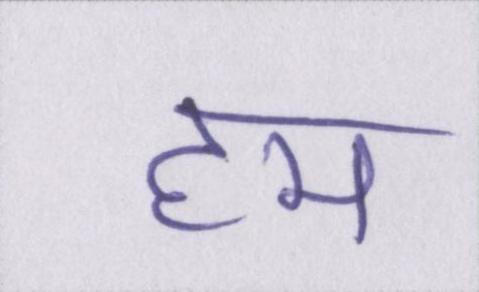
हम